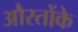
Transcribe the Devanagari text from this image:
औरतोंके